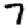
Digit: 7